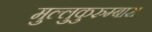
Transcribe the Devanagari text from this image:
मुल्लुकुरुम्बास